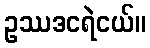
ဥဿဒငရဲငယ်။